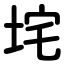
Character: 垞